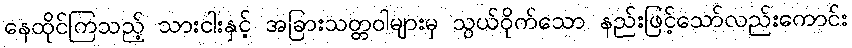
နေထိုင်ကြသည့် သားငါးနှင့် အခြားသတ္တဝါများမှ သွယ်ဝိုက်သော နည်းဖြင့်သော်လည်းကောင်း